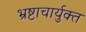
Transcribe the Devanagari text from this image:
भ्रष्टाचार्युक्त